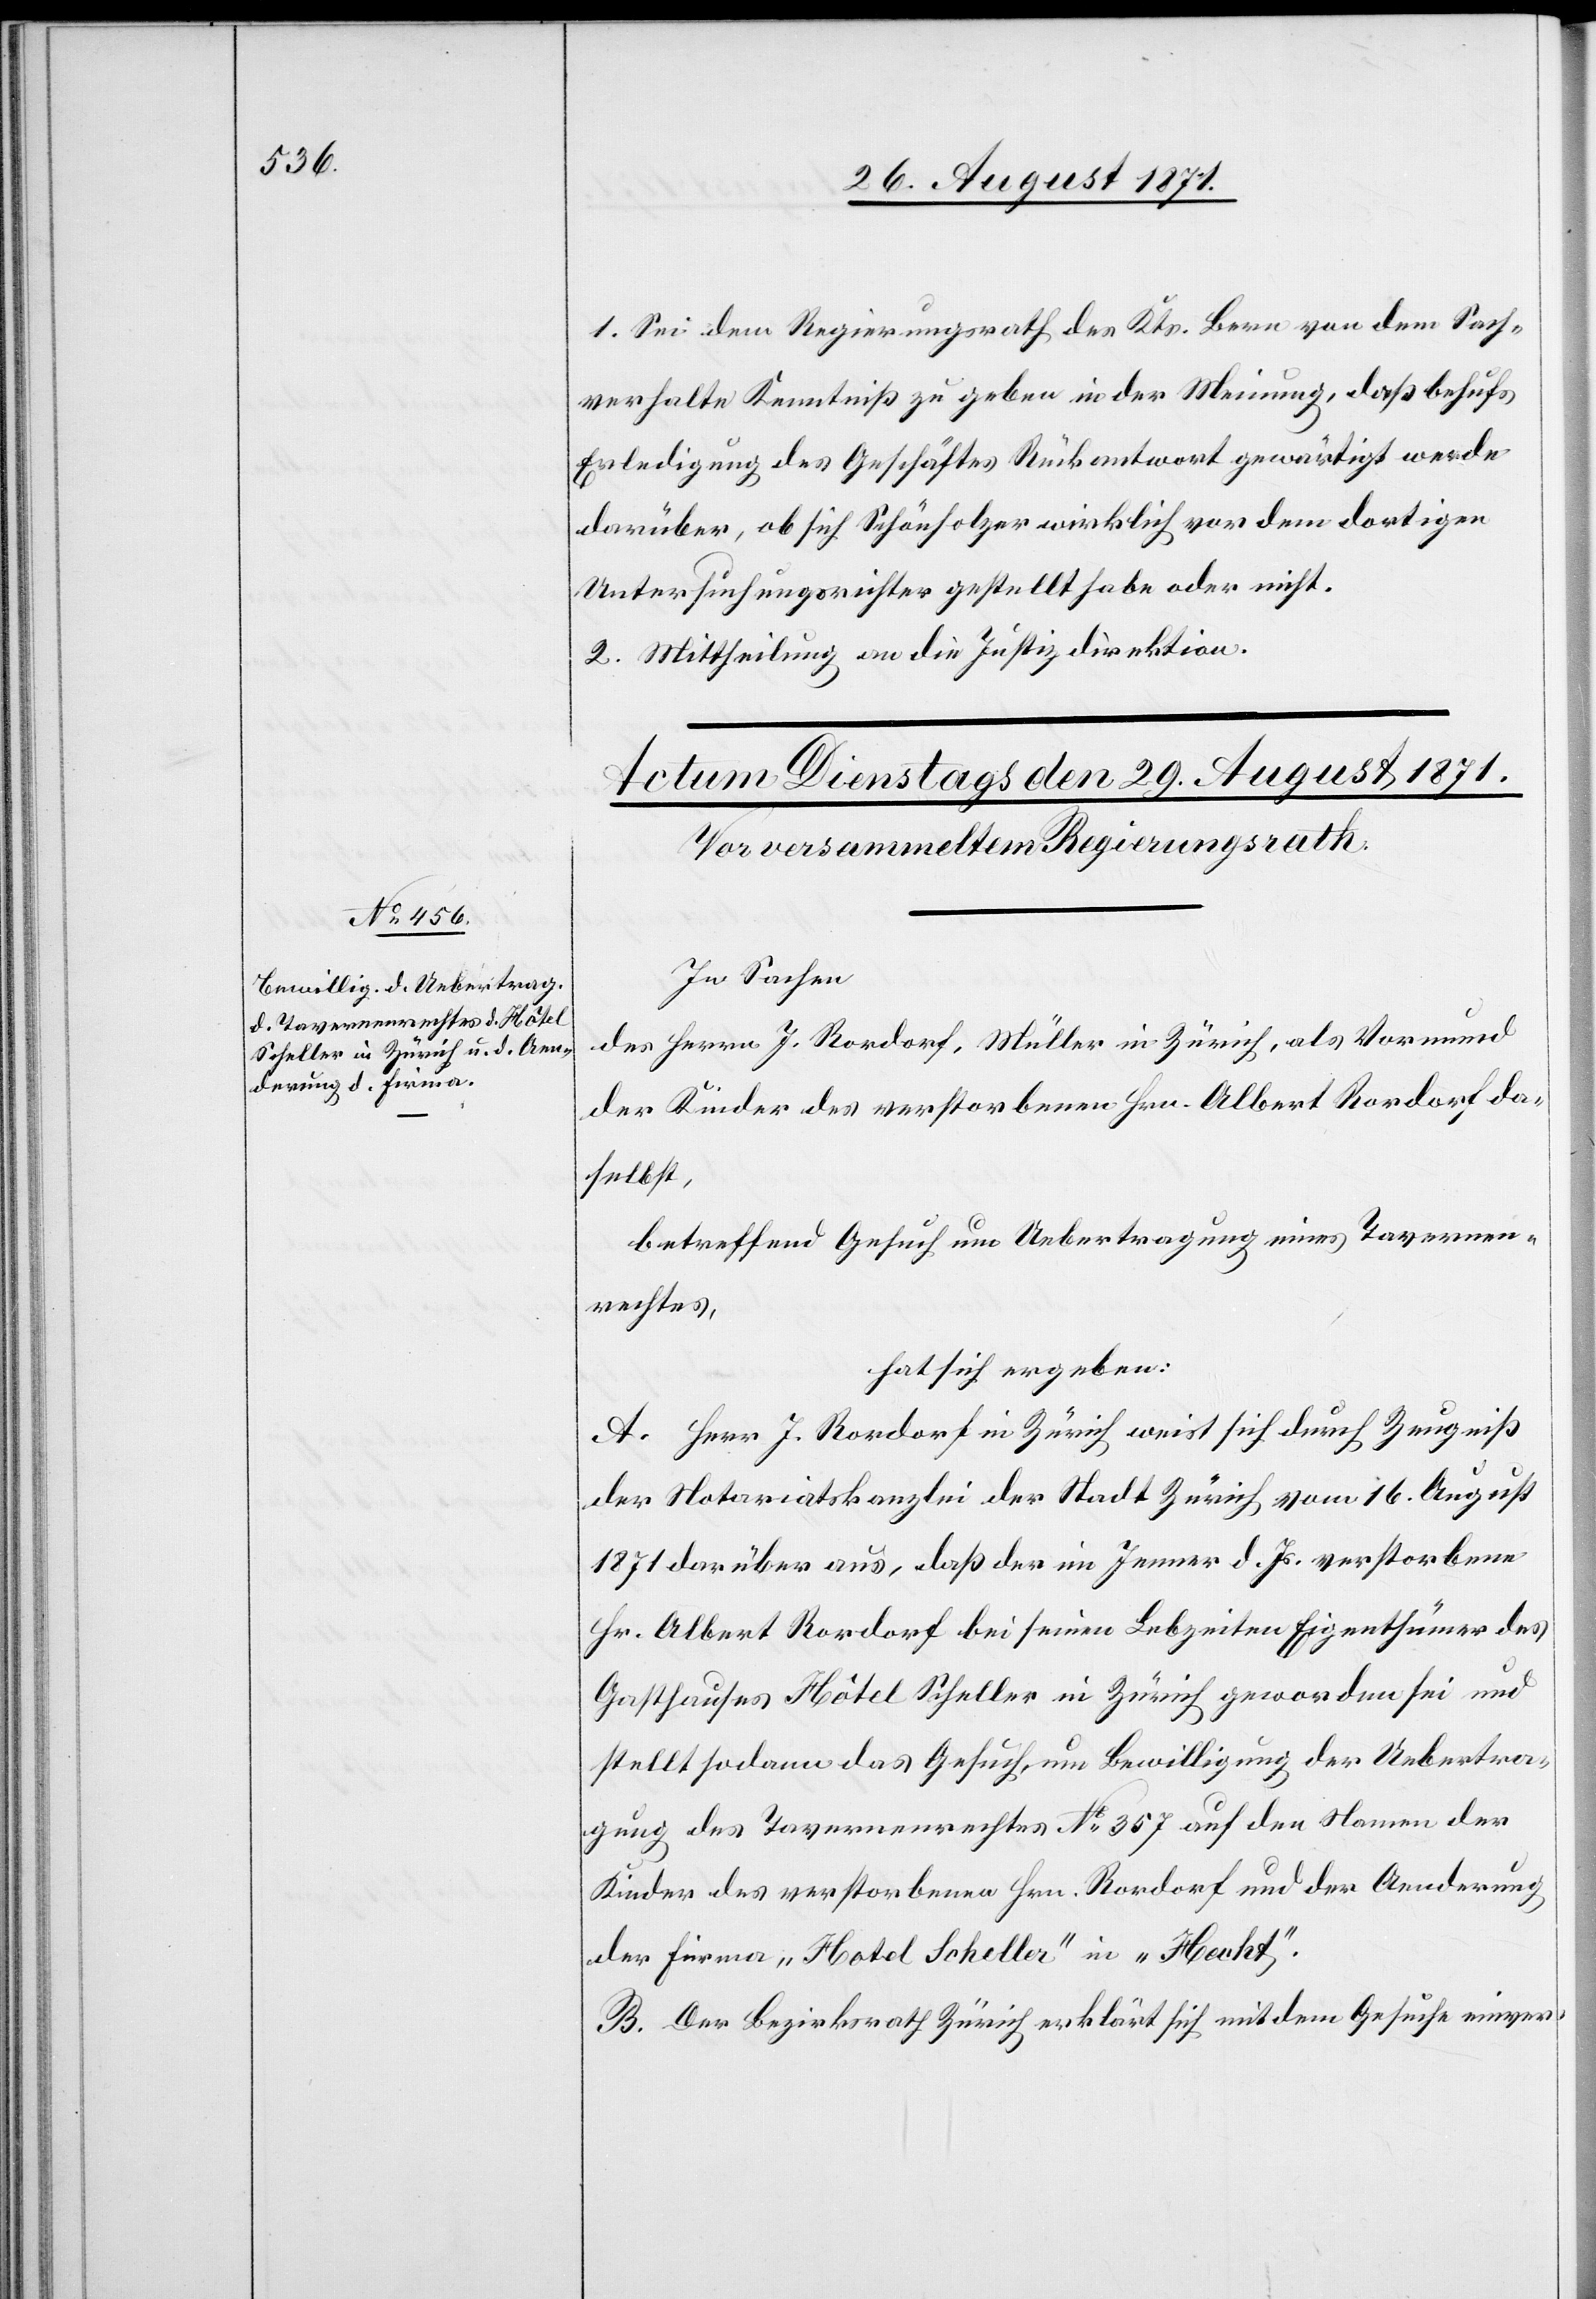
1. Sei dem Regierungsrath des Kts. Bern von dem Sach¬
verhalte Kenntniß zu geben in der Meinung, daß behufs
Erledigung des Geschäftes Rückantwort gewärtigt werde
darüber, ob sich Schönholzer wirklich vor dem dortigen
Untersuchungsrichter gestellt habe oder nicht.
2. Mittheilung an die Justizdirektion.
In Sachen
der Herren J. Rordorf, Müller in Zürich, als Vormund
der Kinder des verstorbenen Hrn. Albert Rordorf das¬
elbst,
betreffend Gesuch um Uebertragung eines Tavernen¬
rechtes
hat sich ergeben:
A. Herr J. Rordorf in Zürich weist sich durch Zeugniß
der Notariatskanzlei der Stadt Zürich vom 16. August
1871 darüber aus, daß der im Januar d. Js. verstorbene
Hr. Albert Rordorf bei seinen Lebzeiten Eigenthümer des
Gasthauses Hôtel Scheller in Zürich geworden sei und
stellt sodann das Gesuch, um Bewilligung der Uebertra¬
gung des Tavernenrechtes No 357 auf den Namen der
Kinder des verstorbenen Hrn. Rordorf und der Aenderung
der Firma „Hotel Scheller“ in „Hecht“.
B. Der Bezirksrath Zürich erklärt sich mit dem Gesuche einver-